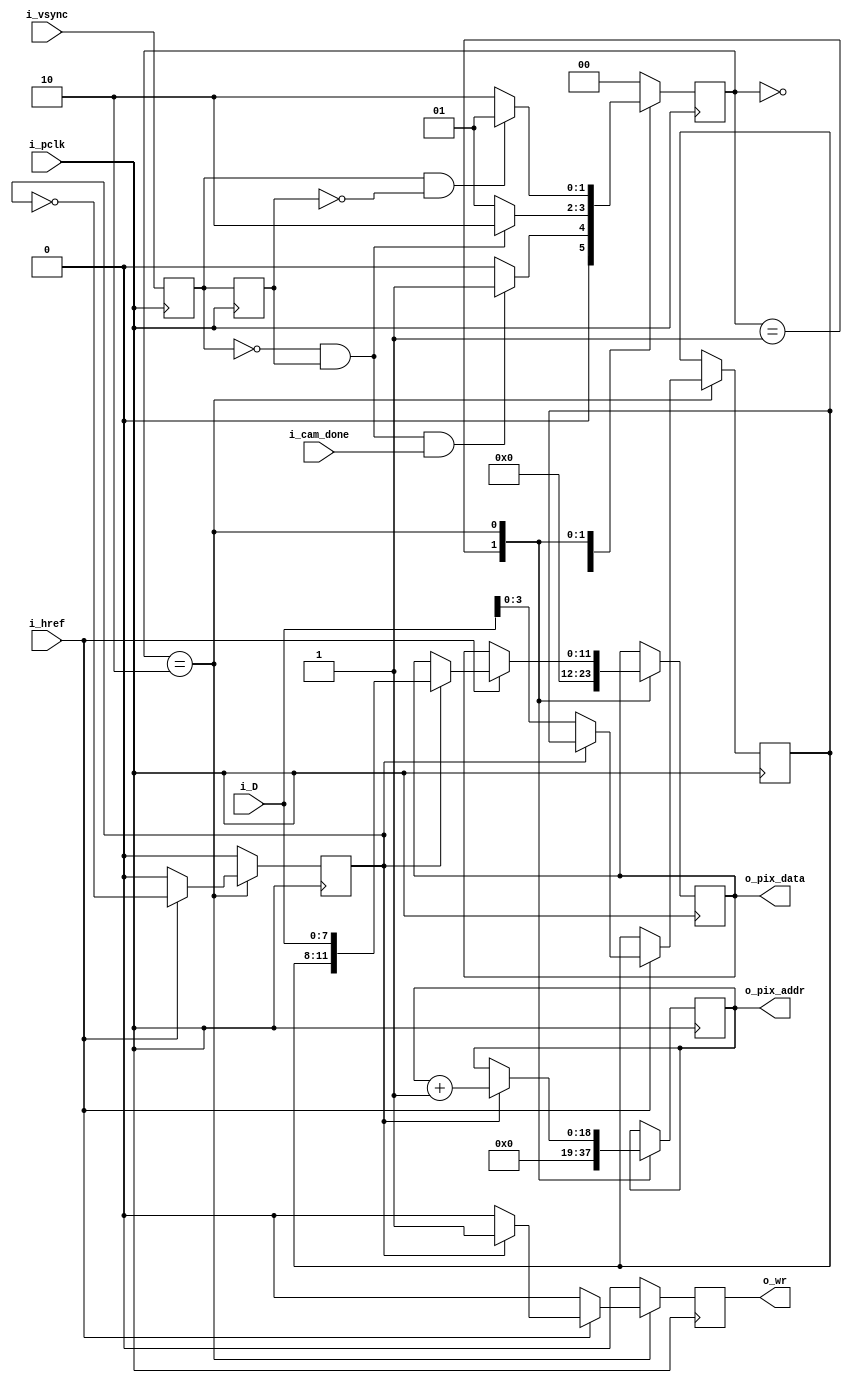
`timescale 1ns / 1ps
`default_nettype none

/* 
 *  Polls for when FPGA is done initializing OV7670 and skips first
 *  two VGA frames to allow for the register changes to settle; 
 *  outputs pixel data after 1st byte is registered and 2nd byte is at the 
 *  input; increments pixel address on the same cycle new pixel data is sent
 *
 *
 *   NOTE: 
 *   - For RGB444, format of pixel data 
 *      1st byte: {   X,    X,    X,    X, R[3], R[2], R[1], R[0]}
 *      2nd byte: {G[3], G[2], G[1], G[0], B[3], B[2], B[1], B[0]
 *   
 *   - Format of output pixel data:
 *      o_pix_data = {RRRR GGGG BBBB};
 *
 */

module cam_capture
    (   input wire         i_pclk,
        input wire         i_vsync,
        input wire         i_href,    
        input wire  [7:0]  i_D,
        input wire         i_cam_done,
        output reg  [18:0] o_pix_addr, 
        output reg  [11:0] o_pix_data,      
        output reg         o_wr                   
    );
       
    // Negative/Positive Edge Detection of vsync for frame start/frame done signal
    reg         r1_vsync,    r2_vsync; 
    wire        frame_start, frame_done;
    
    initial { r1_vsync, r2_vsync } = 0; 
    always @(posedge i_pclk)
            {r2_vsync, r1_vsync} <= {r1_vsync, i_vsync}; 
  
    assign frame_start = (r1_vsync == 0) && (r2_vsync == 1);    // Negative Edge of vsync
    assign frame_done  = (r1_vsync == 1) && (r2_vsync == 0);    // Positive Edge of vsync
     
    // FSM for capturing pixel data in pclk domain
    localparam [1:0] WAIT   = 2'd0,
                     IDLE   = 2'd1,
                     CAPTURE = 2'd2;
    
    reg        r_half_data;             
    reg [1:0]  SM_state;
    reg [3:0]  pixel_data;
                                                                         
    always @(posedge i_pclk)
        begin
            r_half_data         <= 0;
            o_wr                <= 0;
            o_pix_data          <= o_pix_data;  
            o_pix_addr          <= o_pix_addr;
            SM_state            <= WAIT;
            case(SM_state)
                WAIT: 
                    begin
                        // Skip the first two frames on start-up
                        SM_state    <= (frame_start && i_cam_done) ? IDLE : WAIT;
                    end
                IDLE:        
                    begin
                        SM_state   <= (frame_start) ? CAPTURE : IDLE;
                        o_pix_addr <= 0;
                        o_pix_data <= 0; 
                    end
                CAPTURE:
                    begin
                        SM_state   <= (frame_done) ? IDLE : CAPTURE;
                        o_pix_addr <= (r_half_data) ? o_pix_addr + 1'b1 : o_pix_addr;   
                        if(i_href)
                            begin 
                                 // Register first byte
                                 if(!r_half_data)   
                                    pixel_data <= i_D[3:0];      
                                 r_half_data    <= ~r_half_data;                       
                                 o_wr           <= (r_half_data) ? 1'b1 : 1'b0;
                                 o_pix_data     <= (r_half_data) ? {pixel_data, i_D} : o_pix_data; 
                            end 
                    end  
            endcase
        end
             
endmodule